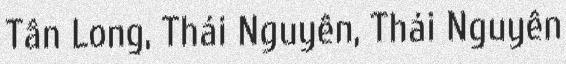
Tân Long, Thái Nguyên, Thái Nguyên